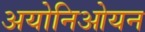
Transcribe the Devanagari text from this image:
अयोनिओयन